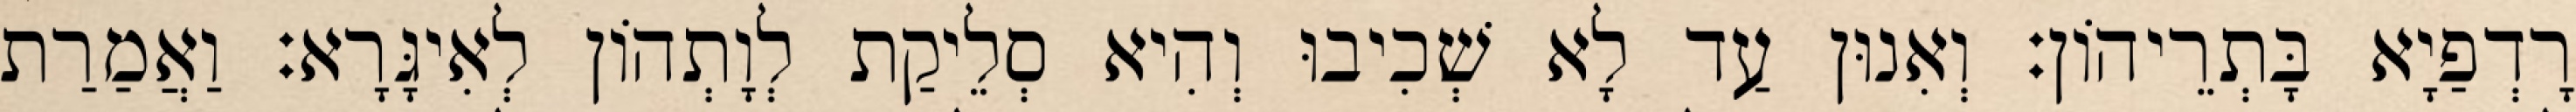
רָדְפַיָא בָּתְרֵיהוֹן׃ וְאִנוּן עַד לָא שְׁכִיבוּ וְהִיא סְלֵיקַת לְוָתְהוֹן לְאִיגָּרָא׃ וַאֲמַרַת